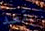
بقصد